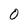
Character: 0